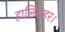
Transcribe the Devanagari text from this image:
हालिशहर।